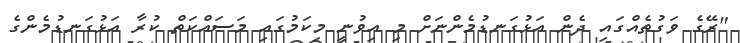
"ރޭގެ ވަގުތެއްގައި ދެން އަޅުގަނޑުމެންނަށް މި އިވުނީ މިކަމުގައި މަސައްކަތް ކުރާ އަޅުގަނޑުމެންގެ